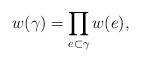
LaTeX: \begin{align*}w(\gamma)=\prod_{e\subset\gamma}w(e),\end{align*}